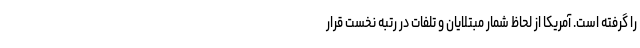
را گرفته است. آمریکا از لحاظ شمار مبتلایان و تلفات در رتبه نخست قرار